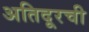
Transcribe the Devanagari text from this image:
अतिदूरची